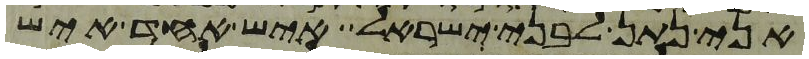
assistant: אני נתן לבני ישראל איש אחד איש